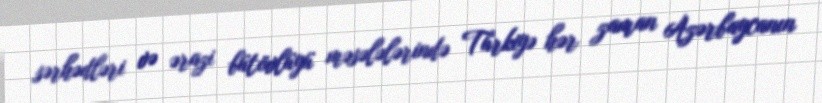
sərhədləri və ərazi bütövlüyü məsələlərində Türkiyə hər zaman Azərbaycanın